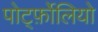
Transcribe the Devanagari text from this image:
पोर्ट्फ़ोलियो